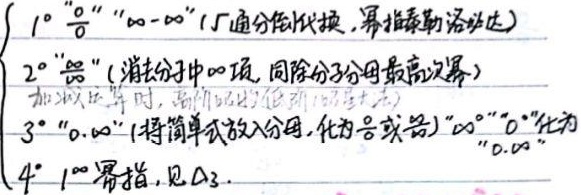
1° “\(\frac{0}{0}\)” “\(\infty - \infty\)”（1. 通分/倒代换，幂指泰勒洛必达）
2° “\(\frac{\infty}{\infty}\)”（消去分子中 \(\infty\) 项，同除分子分母最高次幂）（加减运算时，高阶比低阶高阶为零）
3° “\(0\cdot\infty\)”（将简单式放入分母，化为 \(\frac{0}{0}\) 或 \(\frac{\infty}{\infty}\)）“\(\infty^{0}\)” “\(0^{0}\)” 化为 “\(0\cdot\infty\)”
4° \(1^{\infty}\) 幂指，见 \(\Delta3\)。